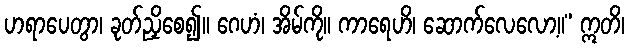
ဟရာပေတွာ၊ ခုတ်ညှိစေ၍။ ဂေဟံ၊ အိမ်ကို။ ကာရေဟိ၊ ဆောက်လေလော့။” ဣတိ၊